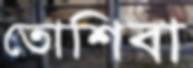
তোশিবা